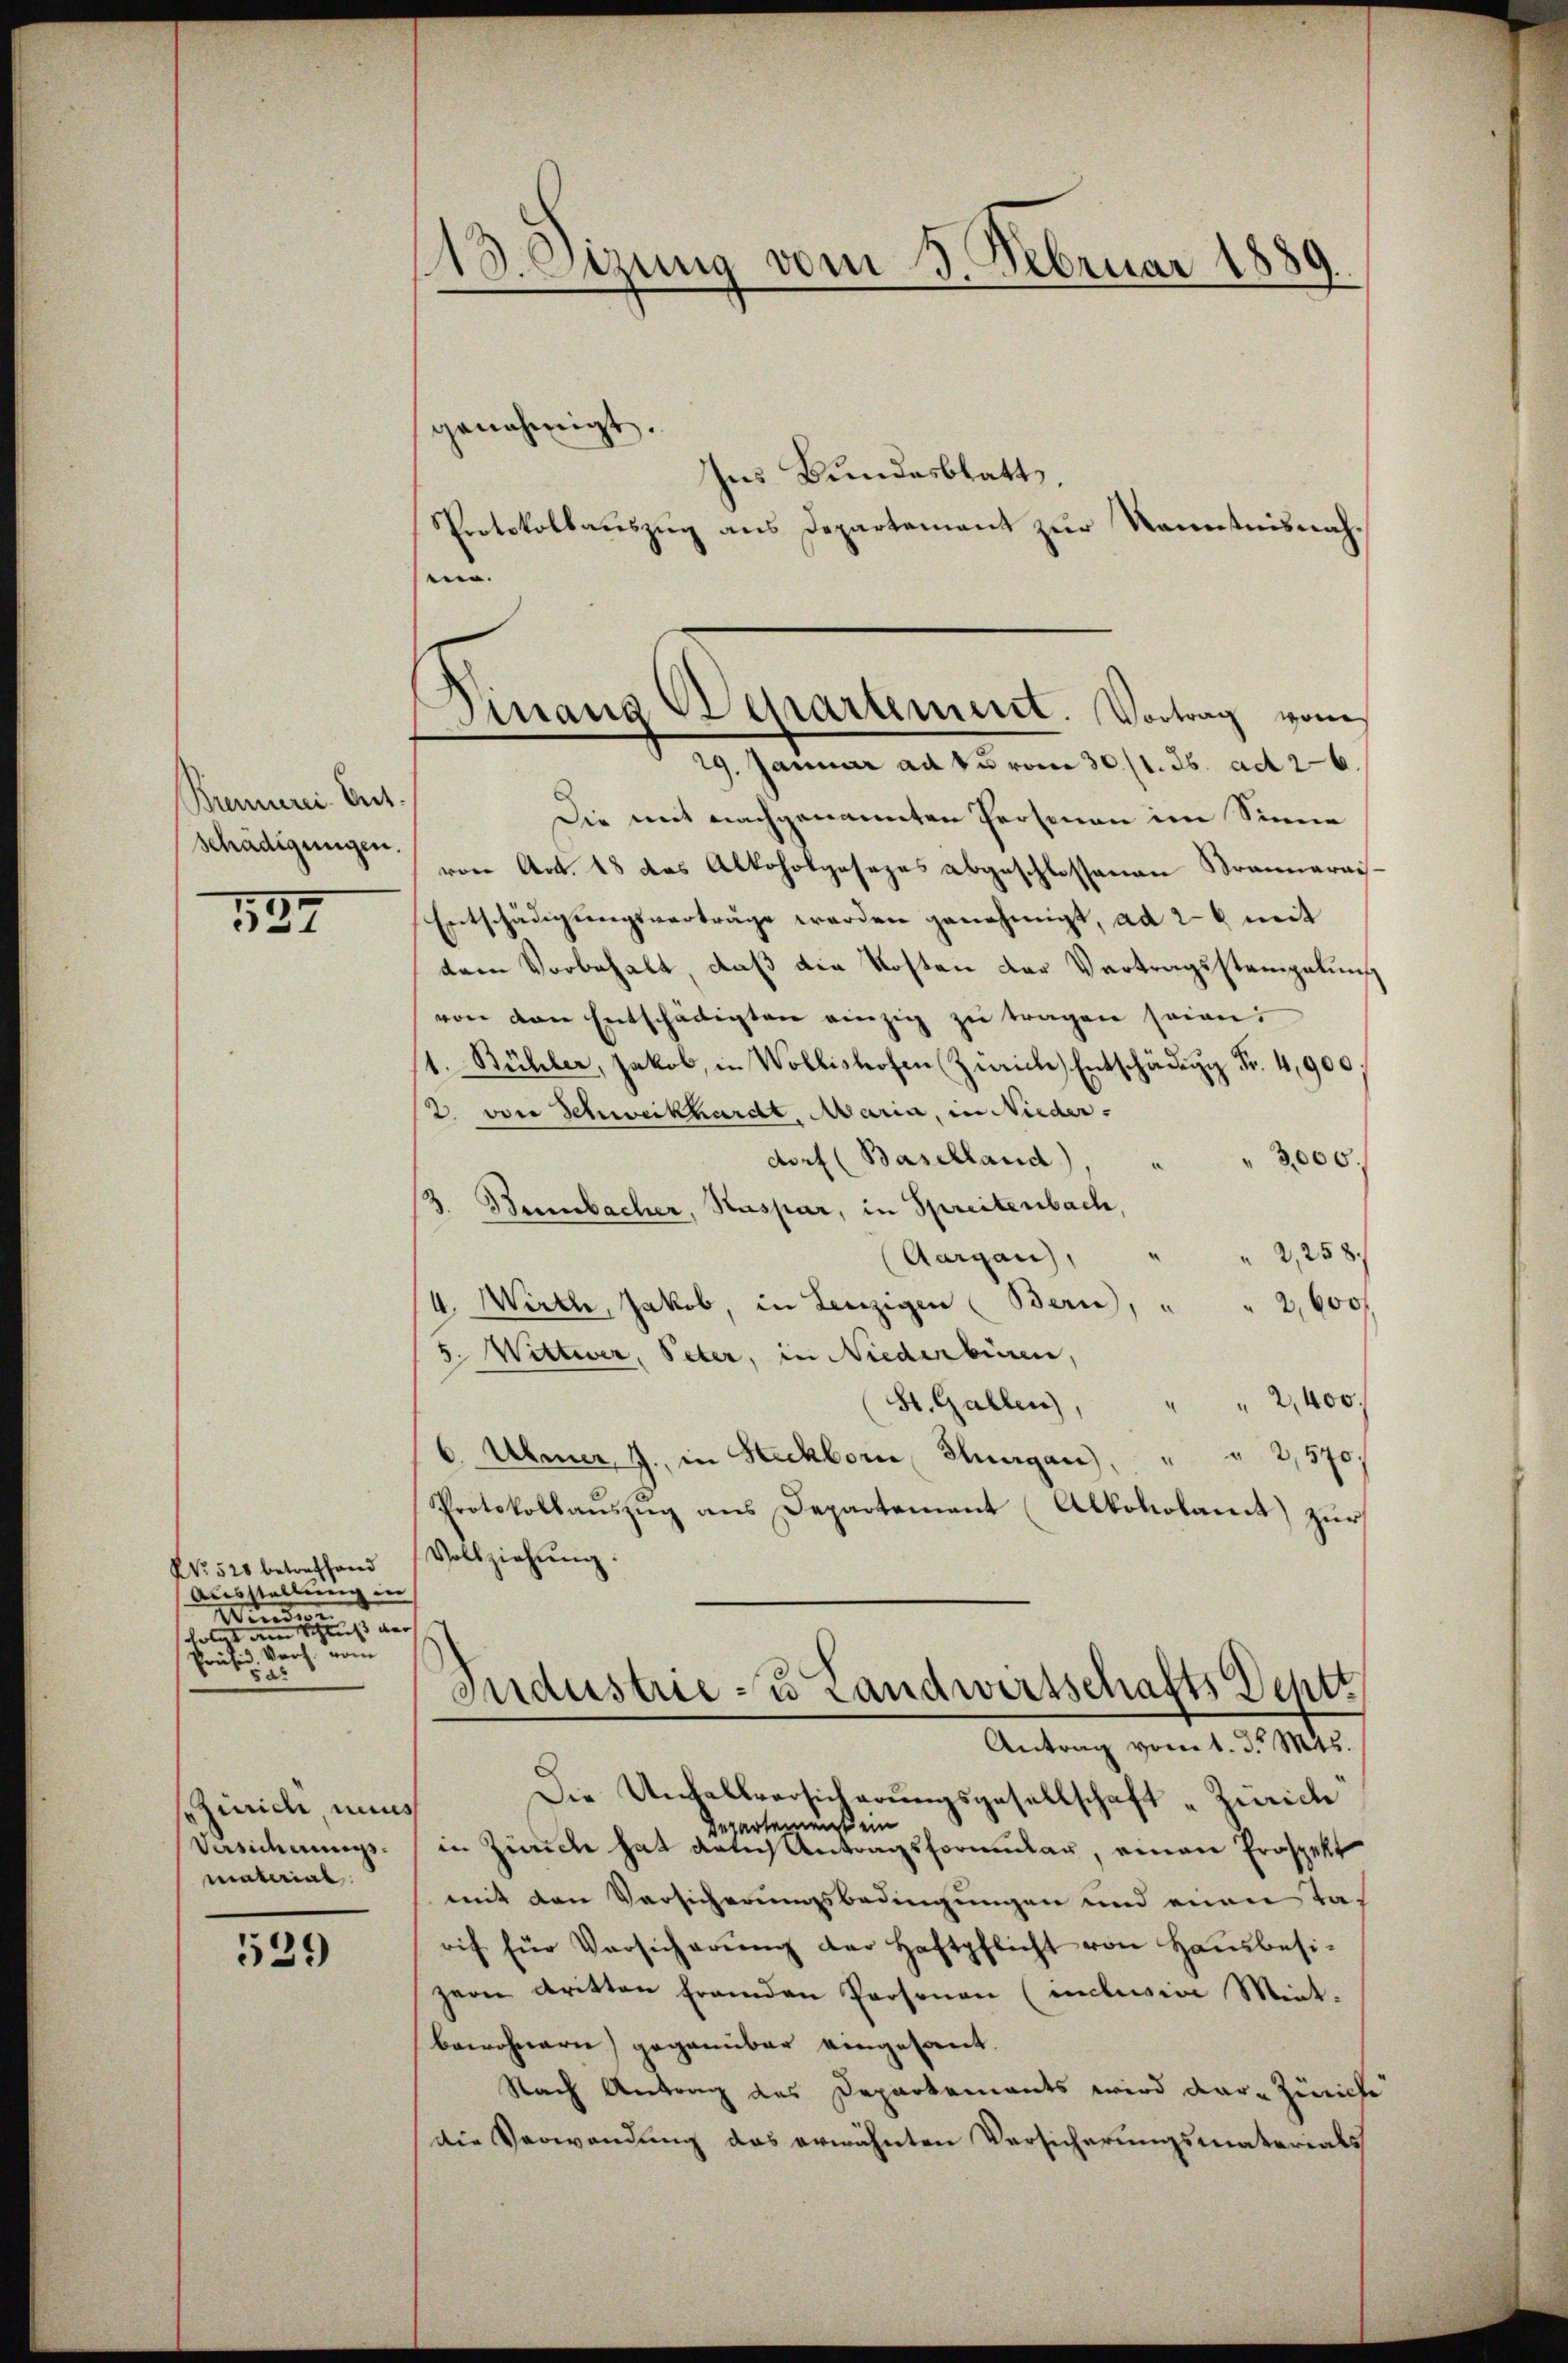
Brennerei. Ent
schädigungen.

137

No 520 betreffend
Ausstellung in
¬
Winder
luß der
folgt am 14.
3. Vorh. vom
Prücke

Zürich, nun
Vasierungsmaterial

539

18. Dizung vom 3. Februar 1889.

Finanz Departement. Vortrag vom
29. Januar ad 15 vom 30./1. ds. ad 26.

genehmigt.
Ins Bundesblatt.
Protokollauszug aus Departement zur Kenntnisnah¬
.
Die mit nachgenannten Personen im Sinne
von Art. 18 das Alkoholgesezes abgeschlossenen Krannarais¬
Entschädigungsverträge werden genehmigt, ad 26 mit
dem Vorbehalt, daß die Kosten der Vertragsstempelung
von den Entschädigten einzig zŭ tragen seien:
1. Bühler, Jakob, in Wollishofen (Zürich Entschädeng Fr. 4,900
12. von Schweikhardt, Maria, in Nieder.
dorf (Baselland)
3,000.
/3. Bambacher, Kaspar, in Spreitenbach,
2,258.
Aargau),
4. Wirth, Jakob, in Lenzigen (Bern,
2,600
5. Wittwer, Peter, in Niederbüren,
St. Gallen), " " 2,400.
6. Uhrer J. in Steckborn Thurgau), " " 2,570.
Protokollaŭszŭg ans Departement (Alkoholamt zur
Vollziehŭng.
Industrie- u Landwirtschafts Deptt
Antrag vom 1. d. Mts.
Die Unfallversicherungsgesellschaft „Zürich
¬
epartement ein
in Zürich hat gelich Antragsformular, einen Prospekt
mit den Versicherungsbedingungen und eine Tarif für Versicherŭng der Haftpflicht von Haŭsbesi-
zern dritten fremden Personen (unclesia Ment.
bewohnern gegannbar eingesant.
Nach Antrag des Departements wird dar- Zürich
Die Verwandung das erwähnten Versicherungsmaterials